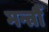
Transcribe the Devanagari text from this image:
मन्त्रौं